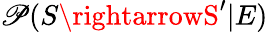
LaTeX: \mathscr{P}(S\rightarrowS^{\prime}|E)